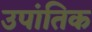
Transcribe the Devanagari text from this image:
उपांतिक